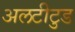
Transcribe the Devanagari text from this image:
अलटीटुड